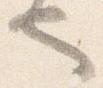
也